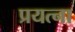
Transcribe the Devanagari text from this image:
प्रयत्ना